65_HS1-834228961_62-HQ-83894_Section_6
Agency: FBI
Page 114
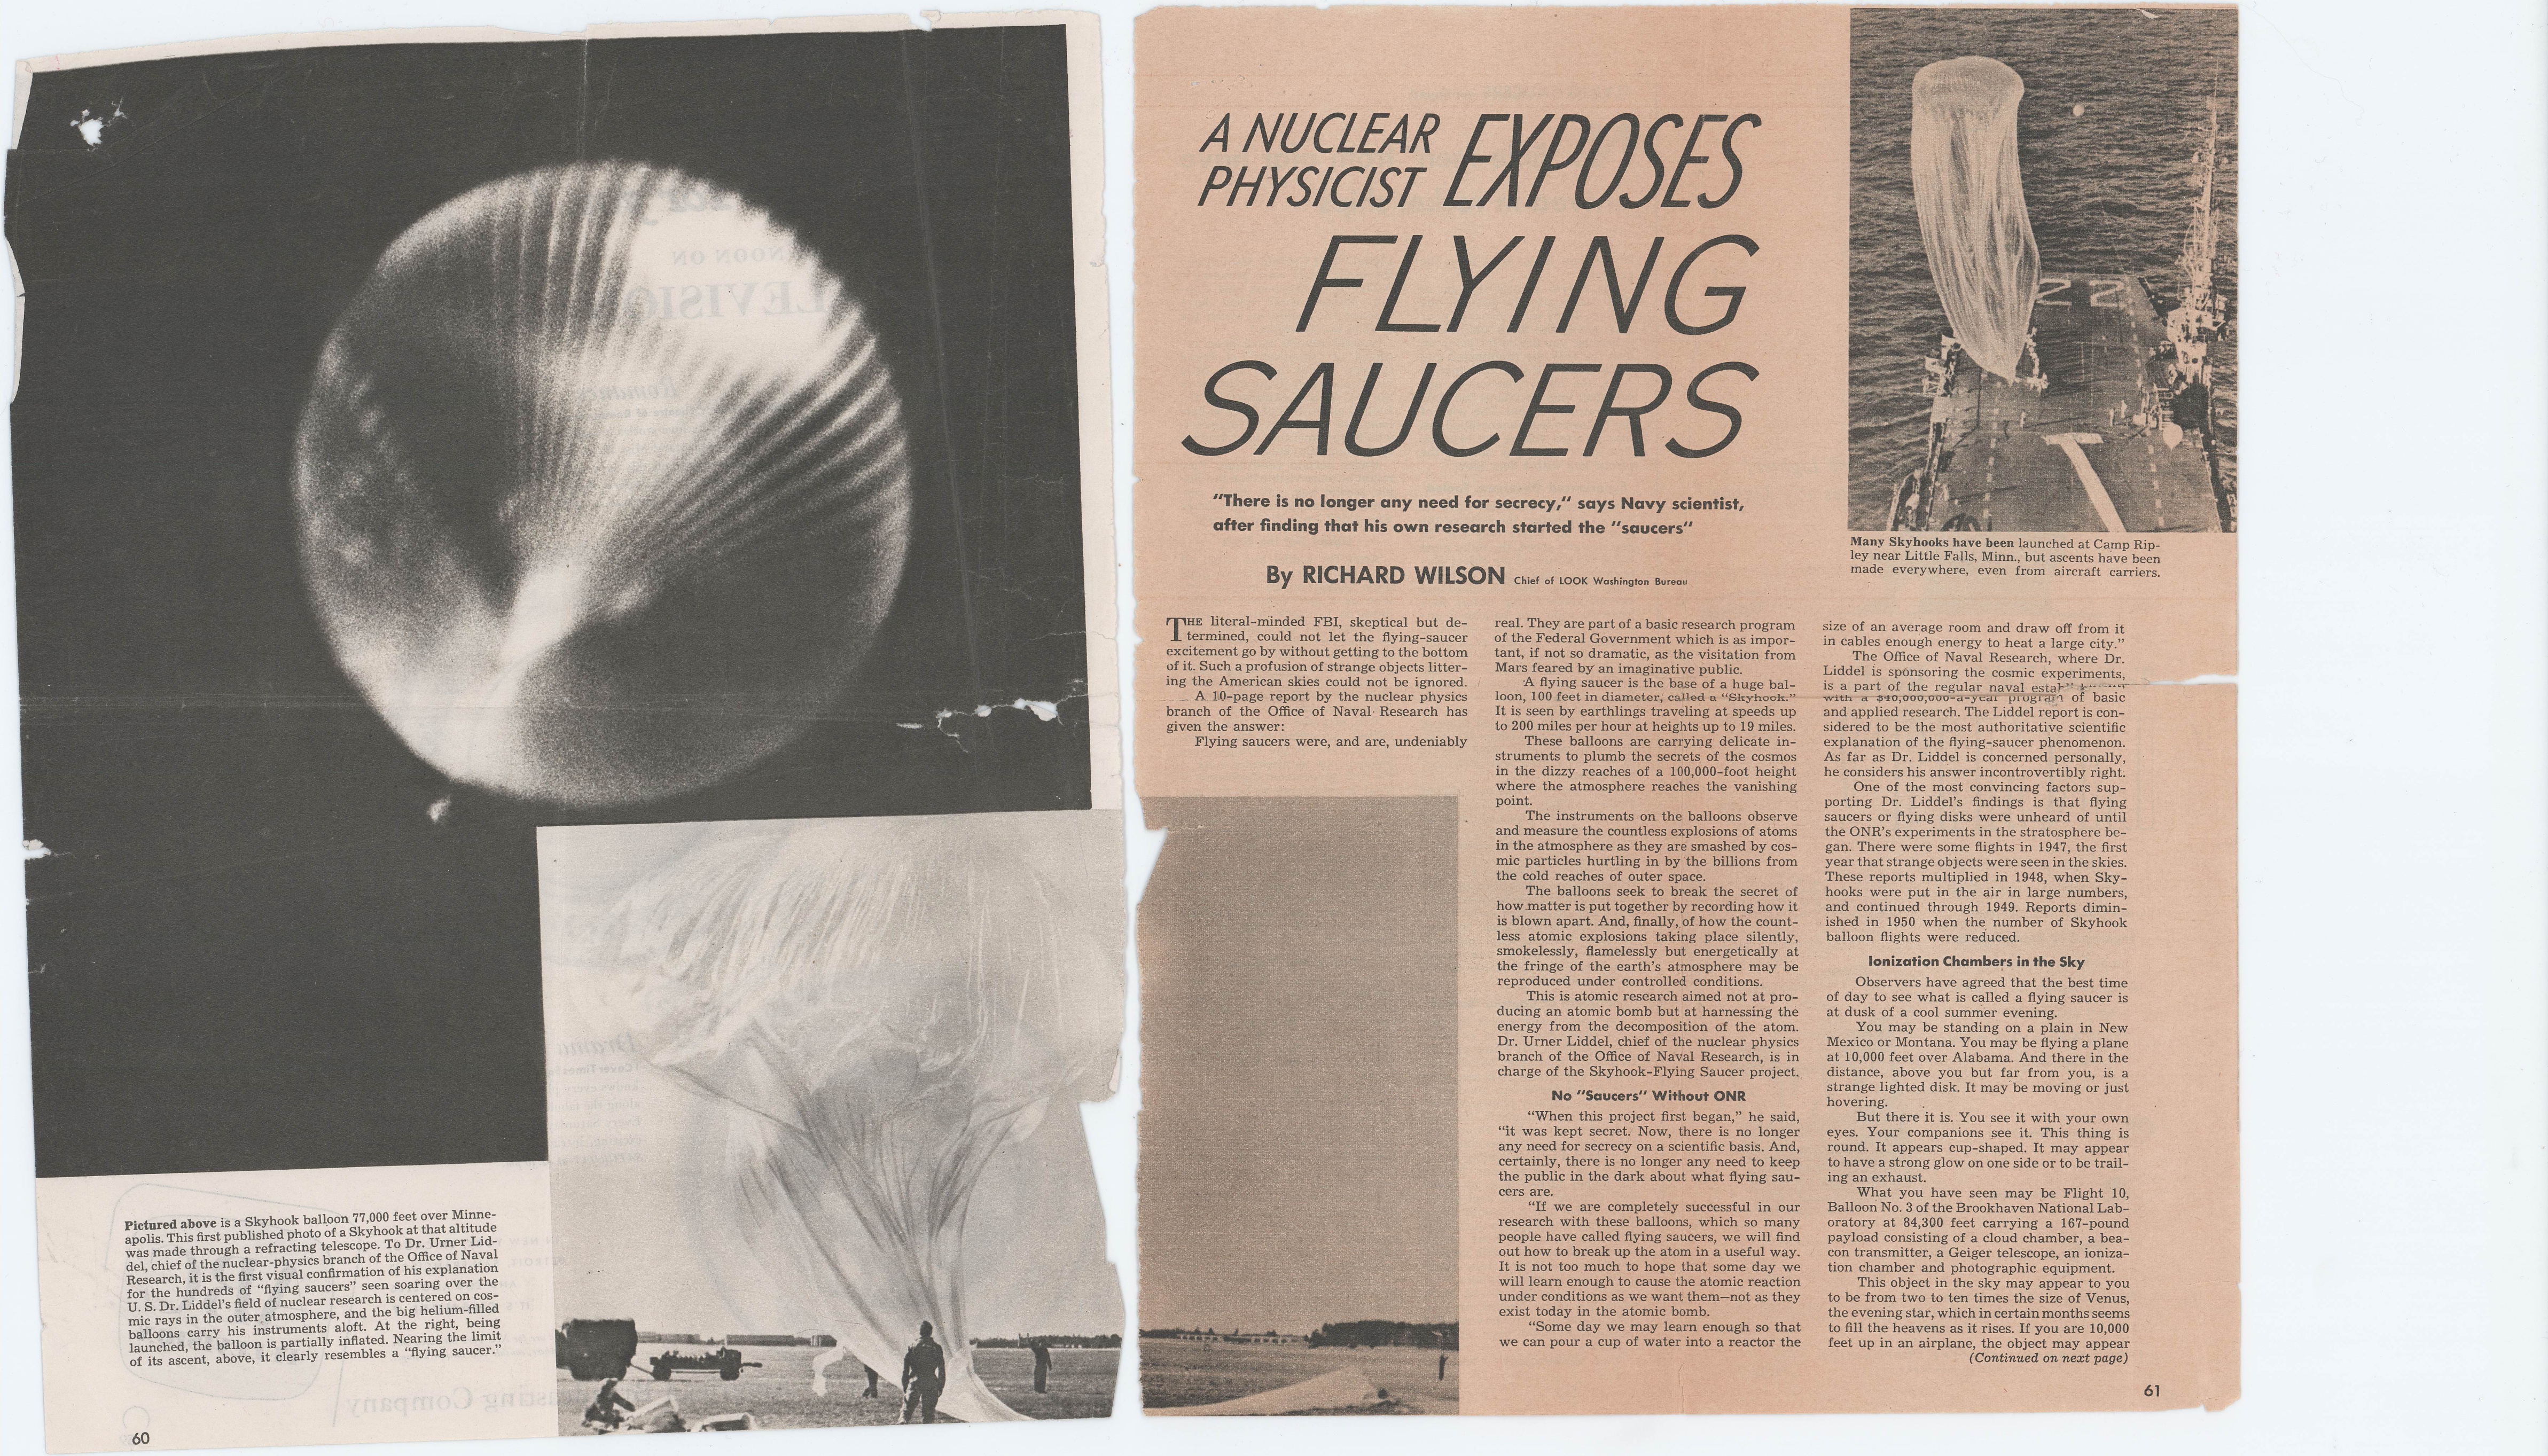